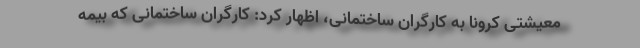
معیشتی کرونا به کارگران ساختمانی، اظهار کرد: کارگران ساختمانی که بیمه